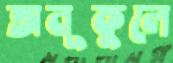
অনূকুলে